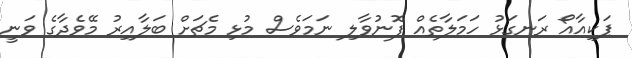
ޕަކިއާއޯ ރަނގަޅު ހަމަލާތެއް ފޮނުވާލި ނަމަވެސް މުޅި މެޗަށް ބަލާއިރު މޭވެދާގެ ވަނީ